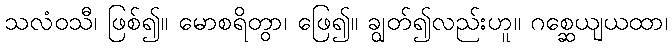
သလံဝသီ၊ ဖြစ်၍။ မောစရိတွာ၊ ဖြေ၍။ ချွတ်၍လည်းဟူ။ ဂစ္ဆေယျယထာ၊